Report of the Indian Hemp Drugs Commission, 1894-1895 - Volume IV
Year: 1894
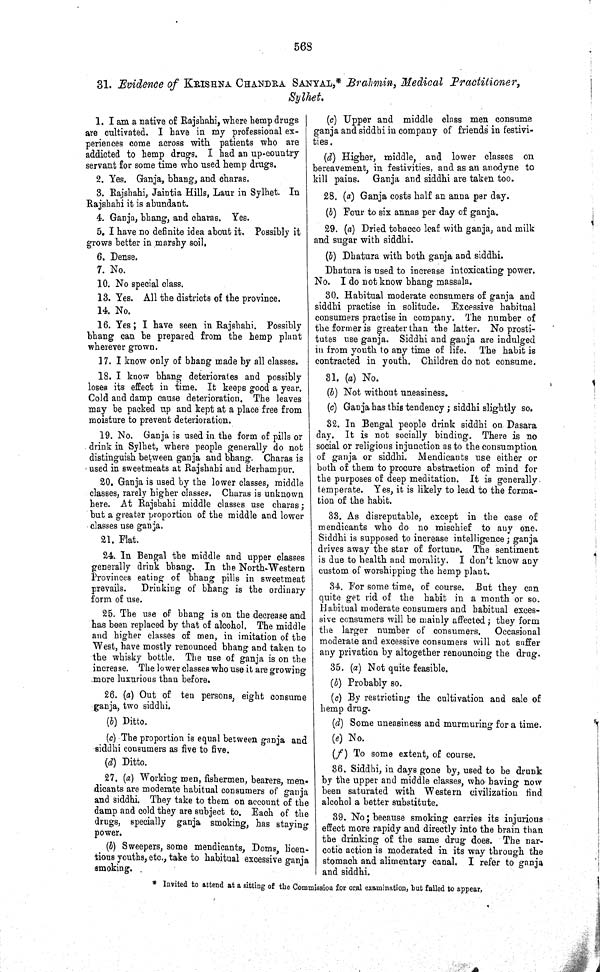
568
31. Evidence of KRISHNA CHANDRA SANYAL,* Brahmin, Medical Practitioner,
Sylhet.
1. I am a native of Rajshahi, where hemp drugs
are cultivated. I have in my professional ex-
periences come across with patients who are
addicted to hemp drugs. I had an up-country
servant for some time who used hemp drugs.
2. Yes. Ganja, bhang, and charas.
3. Rajshahi, Jaintia Hills, Laur in Sylhet. In
Rajshahi it is abundant.
4. Ganja, bhang, and charas. Yes.
5. I have no definite idea about it. Possibly it
grows better in marshy soil.
6. Dense.
7. No.
10. No special class.
13. Yes. All the districts of the province.
14. No.
16. Yes; I have seen in Rajshahi. Possibly
bhang can be prepared from the hemp plant
wherever grown.
17. I know only of bhang made by all classes.
18. I know bhang deteriorates and possibly
loses its effect in time. It keeps good a year.
Cold and damp cause deterioration. The leaves
may be packed up and kept at a place free from
moisture to prevent deterioration.
19. No. Ganja is used in the form of pills or
drink in Sylhet, where people generally do not
distinguish between ganja and bhang. Charas is
used in sweetmeats at Rajshahi and Berhampur.
20. Ganja is used by the lower classes, middle
classes, rarely higher classes. Charas is unknown
here. At Rajshahi middle classes use charas;
but a greater proportion of the middle and lower
classes use ganja.
21. Flat.
24. In Bengal the middle and upper classes
generally drink bhang. In the North-Western
Provinces eating of bhang pills in sweetmeat
prevails.
Drinking of bhang is the ordinary
form of use.
25. The use of bhang is on the decrease and
has been replaced by that of alcohol. The middle
and higher classes of men, in imitation of the
West, have mostly renounced bhang and taken to
the whisky bottle. The use of ganja is on the
increase. The lower classes who use it are growing
more luxurious than before.
26. (a) Out of ten persons, eight consume
ganja, two siddhi.
(b) Ditto.
(c) The proportion is equal between ganja and
siddhi consumers as five to five.
(d) Ditto.
27. (a) Working men, fishermen, bearers, men-
dicants are moderate habitual consumers of ganja
and siddhi. They take to them on account of the
damp and cold they are subject to. Each of the
drugs, specially ganja smoking, has staying
power.
(b) Sweepers, some mendicants, Doms, licen-
tious youths, etc., take to habitual excessive ganja
smoking.
(c) Upper and middle class men consume
ganja and siddhi in company of friends in festivi-
ties.
(d) Higher, middle, and lower classes on
bereavement, in festivities, and as an anodyne to
kill pains. Ganja and siddhi are taken too.
28. (a) Ganja costs half an anna per day.
(b) Four to six annas per day of ganja.
29. (a) Dried tobacco leaf with ganja, and milk
and sugar with siddhi.
(b) Dhatura with both ganja and siddhi.
Dhatura is used to increase intoxicating power.
No. I do not know bhang massala.
30. Habitual moderate consumers of ganja and
siddhi practise in solitude. Excessive habitual
consumers practise in company. The number of
the former is greater than the latter. No prosti-
tutes use ganja. Siddhi and ganja are indulged
in from youth to any time of life. The habit is
contracted in youth. Children do not consume.
31. (a) No.
(b) Not without uneasiness.
(c) Ganja has this tendency; siddhi slightly so.
32. In Bengal people drink siddhi on Dasara
day. It is not socially binding. There is no
social or religions injunction as to the consumption
of ganja or siddhi. Mendicants use either or
both of them to procure abstraction of mind for
the purposes of deep meditation. It is generally
temperate. Yes, it is likely to lead to the forma-
tion of the habit.
33. As disreputable, except in the case of
mendicants who do no mischief to any one.
Siddhi is supposed to increase intelligence; ganja
drives away the star of fortune. The sentiment
is due to health and morality. I don't know any
custom of worshipping the hemp plant.
34. For some time, of course. But they can
quite get rid of the habit in a month or so.
Habitual moderate consumers and habitual exces-
sive consumers will be mainly affected; they form
the larger number of consumers.
Occasional
moderate and excessive consumers will not suffer
any privation by altogether renouncing the drug.
35. (a) Not quite feasible.
(b) Probably so.
(c) By restricting the cultivation and sale of
hemp drug.
(d) Some uneasiness and murmuring for a time.
(e) No.
(f) To some extent, of course.
36. Siddhi, in days gone by, used to be drunk
by the upper and middle classes, who having now
been saturated with Western civilization find
alcohol a better substitute.
39. No; because smoking carries its injurious
effect more rapidy and directly into the brain than
the drinking of the same drug does. The nar-
cotic action is moderated in its way through the
stomach and alimentary canal. I refer to ganja
and siddhi.
* Invited to attend at a sitting of the Commi ssi on for oral examination, but failed to appear.